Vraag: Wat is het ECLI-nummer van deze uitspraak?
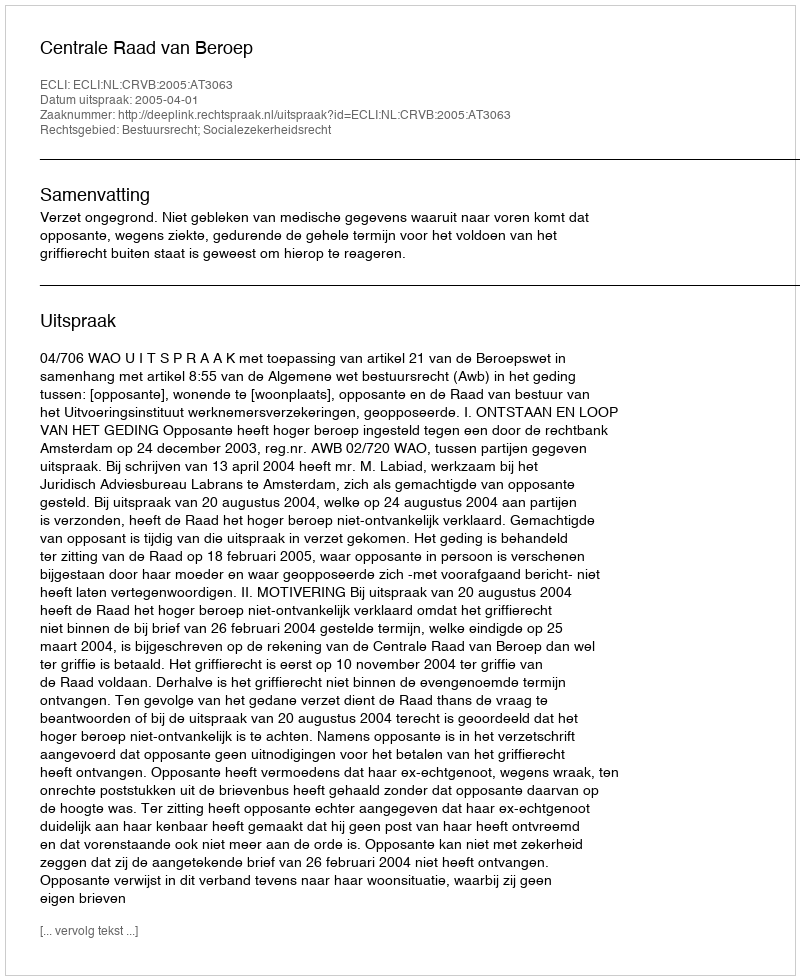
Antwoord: ECLI:NL:CRVB:2005:AT3063